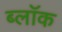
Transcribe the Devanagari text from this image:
ब्लाॅक